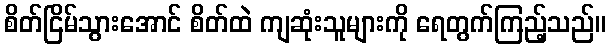
စိတ်ငြိမ်သွားအောင် စိတ်ထဲ ကျဆုံးသူများကို ရေတွက်ကြည့်သည်။